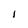
Character: I